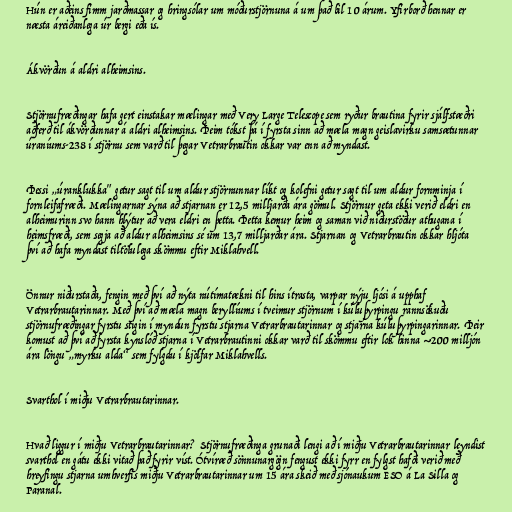
Hún er aðeins fimm jarðmassar og hringsólar um móðurstjörnuna á um það bil 10 árum. Yfirborð hennar er
næsta áreiðanlega úr bergi eða ís.

Ákvörðun á aldri alheimsins.

Stjörnufræðingar hafa gert einstakar mælingar með Very Large Telescope sem ryður brautina fyrir sjálfstæðri
aðferð til ákvörðunnar á aldri alheimsins. Þeim tókst þá í fyrsta sinn að mæla magn geislavirku samsætunnar
úraníums-238 í stjörnu sem varð til þegar Vetrarbrautin okkar var enn að myndast.

Þessi „úranklukka" getur sagt til um aldur stjörnunnar líkt og kolefni getur sagt til um aldur fornminja í
fornleifafræði. Mælingarnar sýna að stjarnan er 12,5 milljarða ára gömul. Stjörnur geta ekki verið eldri en
alheimurinn svo hann hlýtur að vera eldri en þetta. Þetta kemur heim og saman við niðurstöður athugana í
heimsfræði, sem segja að aldur alheimsins sé um 13,7 milljarðar ára. Stjarnan og Vetrarbrautin okkar hljóta
því að hafa myndast tiltölulega skömmu eftir Miklahvell.

Önnur niðurstaða, fengin með því að nýta nútímatækni til hins ítrasta, varpar nýju ljósi á upphaf
Vetrarbrautarinnar. Með því að mæla magn beryllíums í tveimur stjörnum í kúluþyrpingu rannsökuðu
stjörnufræðingar fyrstu stigin í myndun fyrstu stjarna Vetrarbrautarinnar og stjarna kúluþyrpingarinnar. Þeir
komust að því að fyrsta kynslóð stjarna í Vetrarbrautinni okkar varð til skömmu eftir lok hinna ~200 milljón
ára löngu „myrku alda“ sem fylgdu í kjölfar Miklahvells.

Svarthol í miðju Vetrarbrautarinnar.

Hvað liggur í miðju Vetrarbrautarinnar? Stjörnufræðinga grunaði lengi að í miðju Vetrarbrautarinnar leyndist
svarthol en gátu ekki vitað það fyrir víst. Ótvíræð sönnunargögn fengust ekki fyrr en fylgst hafði verið með
hreyfingu stjarna umhverfis miðju Vetrarbrautarinnar um 15 ára skeið með sjónaukum ESO á La Silla og
Paranal.